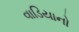
વાડિયાનો